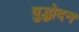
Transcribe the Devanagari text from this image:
युद्धोदन